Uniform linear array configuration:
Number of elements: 64
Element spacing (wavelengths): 0.5
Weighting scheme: blackman
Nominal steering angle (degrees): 15
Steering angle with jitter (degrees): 13.648
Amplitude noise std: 0.05
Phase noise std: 0.05

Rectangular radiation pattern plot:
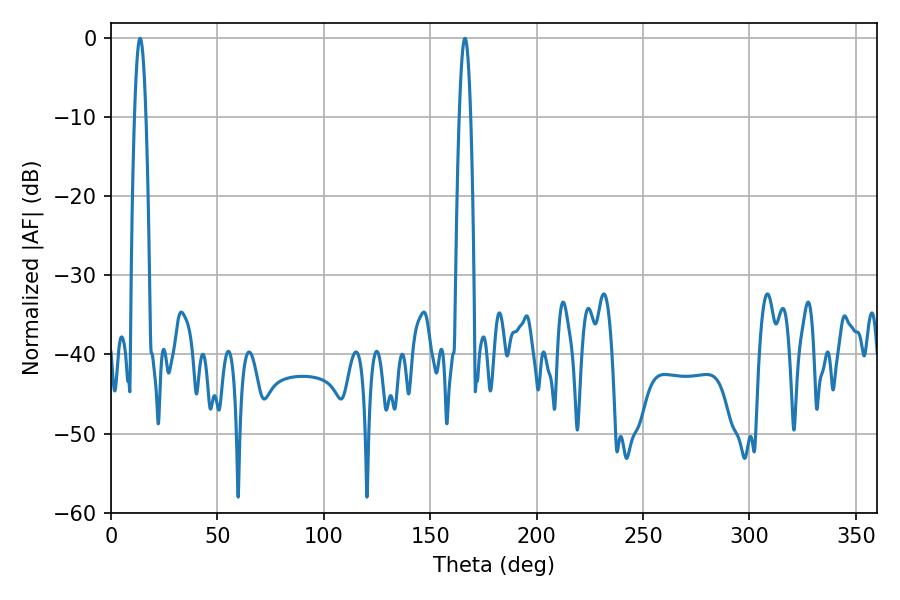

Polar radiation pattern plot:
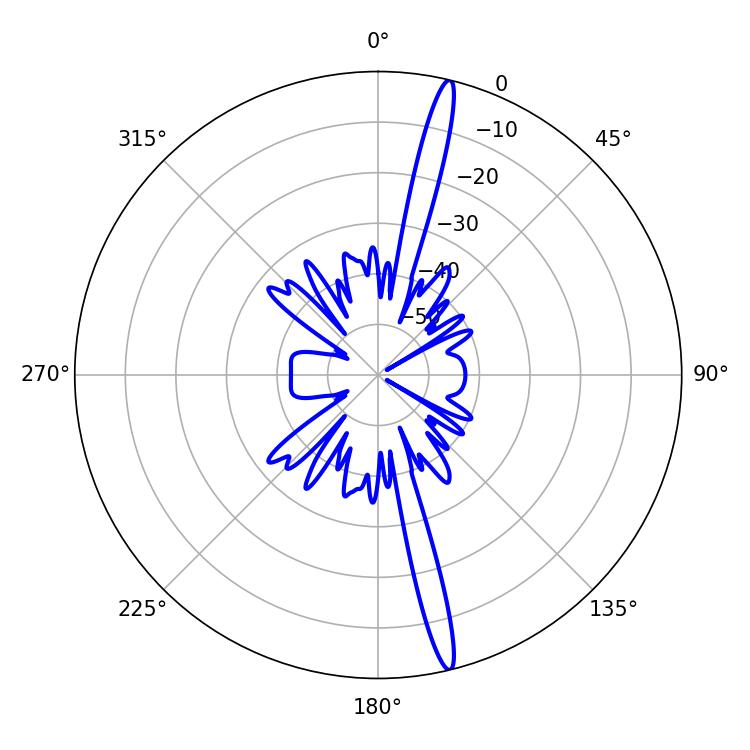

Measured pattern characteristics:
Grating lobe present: FALSE
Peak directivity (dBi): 18.78
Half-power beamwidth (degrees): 2.88
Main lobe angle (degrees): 13.68